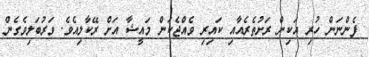
ފެންނަން ހުރި އަކިން ރަށުތެރެއާއި ކައިރި ވެއްޖެކަން މައީޝާ އަށް ރޭކާލިއެވެ. ވަރުބަލިވެގެން